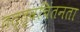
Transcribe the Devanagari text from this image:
तत्त्वचिंतनता